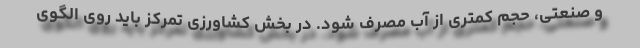
و صنعتی، حجم کمتری از آب مصرف شود. در بخش کشاورزی تمرکز باید روی الگوی